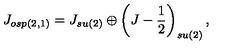
J _ { o s p ( 2 , 1 ) } = J _ { s u ( 2 ) } \oplus \left( J - \frac { 1 } { 2 } \right) _ { s u ( 2 ) } ,